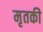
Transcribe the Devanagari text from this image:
मृतकी